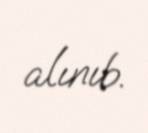
alınıb.